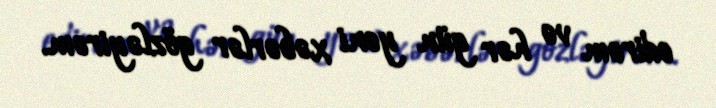
edirəm və hər gün yeni xəbərlər gözləyirəm.